Civil Veterinary Department. Central Provinces & Berar 1932-41 - 1932-1941
Year: 1932
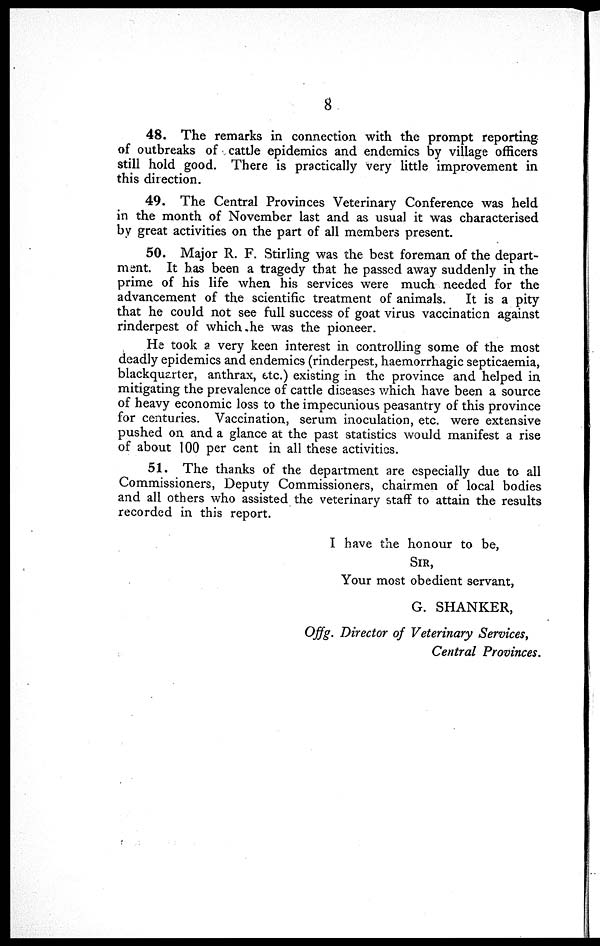
8
48. The remarks in connection with the prompt reporting
of outbreaks of cattle epidemics and endemics by village officers
still hold good. There is practically very little improvement in
this direction.
49. The Central Provinces Veterinary Conference was held
in the month of November last and as usual it was characterised
by great activities on the part of all members present.
50. Major R. F. Stirling was the best foreman of the depart-
ment. It has been a tragedy that he passed away suddenly in the
prime of his life when his services were much needed for the
advancement of the scientific treatment of animals. It is a pity
that he could not see full success of goat virus vaccination against
rinderpest of which he was the pioneer.
He took a very keen interest in controlling some of the most
deadly epidemics and endemics (rinderpest, haemorrhagic septicaemia,
blackquarter, anthrax, etc.) existing in the province and helped in
mitigating the prevalence of cattle diseases which have been a source
of heavy economic loss to the impecunious peasantry of this province
for centuries. Vaccination, serum inoculation, etc. were extensive
pushed on and a glance at the past statistics would manifest a rise
of about 100 per cent in all these activities.
51. The thanks of the department are especially due to all
Commissioners, Deputy Commissioners, chairmen of local bodies
and all others who assisted the veterinary staff to attain the results
recorded in this report.
I have the honour to be,
SIR,
Your most obedient servant,
G. SHANKER,
Offg. Director of Veterinary Services,
Central Provinces.